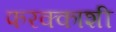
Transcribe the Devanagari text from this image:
फरक्काशी